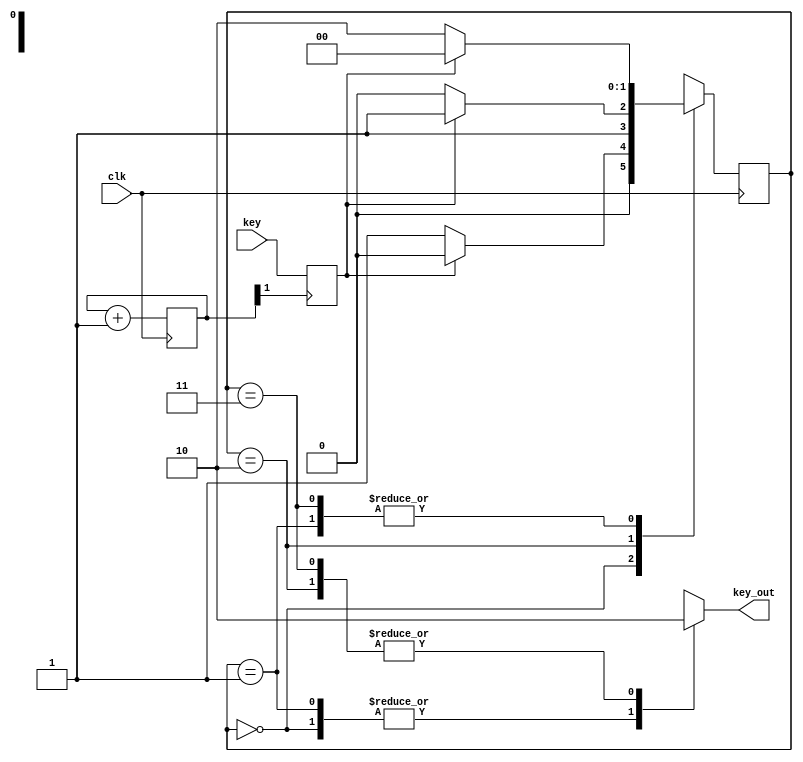
module key_debounce(
input key,
input clk,
output key_out
);

reg [1:0]state;
reg [1:0]clks;
reg [1:0]next_state;
reg key_buffer;
reg out;

initial begin
clks = 7'd0;
state = 2'b00;
next_state = 2'b00;
end

always @(posedge clk) begin
	clks <= clks + 1'b1;
	state <= next_state;
end

always @(posedge clks[1]) begin
	key_buffer <= key;
end

always @(*) begin
	case (state)
	2'b00: 
		begin 
			out = 1'b1;
			if (key_buffer == 1'b0)	next_state = 2'b01;
			else next_state = 2'b00;
		end
	2'b01: 
		begin 
			out = 1'b1;
			if (key_buffer == 1'b0)	next_state = 2'b10;
			else next_state = 2'b00;
		end
	2'b10: 
		begin 
			out = 1'b0;
			if (key_buffer == 1'b0)	next_state = 2'b10;
			else next_state = 2'b11;
		end
	2'b11:
		begin 
			out = 1'b0;
			if (key_buffer == 1'b0)	next_state = 2'b10;
			else next_state = 2'b00;
		end
	endcase
end

assign key_out = out;

endmodule